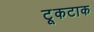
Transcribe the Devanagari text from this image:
टूकटाक